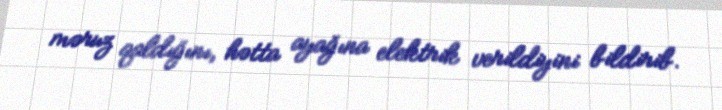
məruz qaldığını, hətta ayağına elektrik verildiyini bildirib.